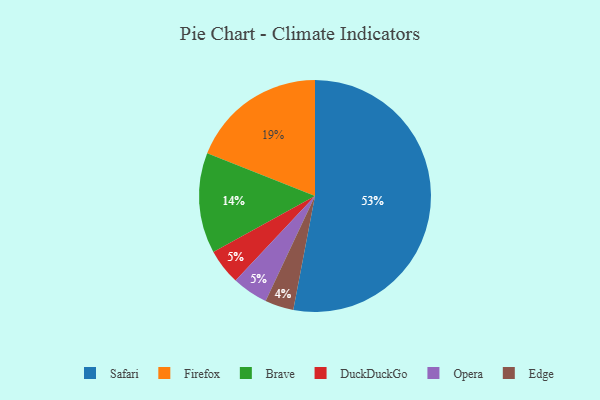
{"axis": {"x": "Category", "y": "Percentage"}, "legend": ["Brave", "DuckDuckGo", "Edge", "Firefox", "Opera", "Safari"], "data": [{"x": "Safari", "y": 53, "type": "Safari"}, {"x": "Brave", "y": 14, "type": "Brave"}, {"x": "Firefox", "y": 19, "type": "Firefox"}, {"x": "DuckDuckGo", "y": 5, "type": "DuckDuckGo"}, {"x": "Edge", "y": 4, "type": "Edge"}, {"x": "Opera", "y": 5, "type": "Opera"}]}